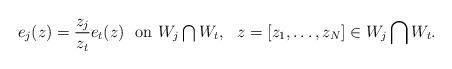
LaTeX: \begin{align*}e_j(z)=\frac{z_j}{z_t}e_t(z)\ \ \mbox{on $W_j\bigcap W_t$},\ \ z=[z_1,\ldots,z_N]\in W_j\bigcap W_t.\end{align*}